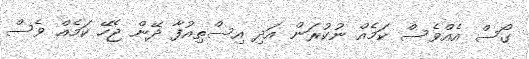
ގޯސް އެއްވެސް ކަމެއް ނުކުރަން އަދި އިސްތިއުފާ ދޭން ޖެހޭ ކަމެއް ވެސް